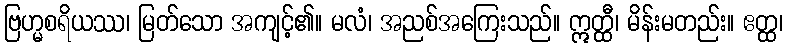
ဗြဟ္မစရိယဿ၊ မြတ်သော အကျင့်၏။ မလံ၊ အညစ်အကြေးသည်။ ဣတ္ထီ၊ မိန်းမတည်း။ ဧတ္ထ၊